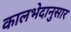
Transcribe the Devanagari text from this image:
कालभेदानुसार